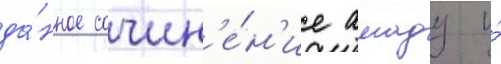
да́нное сочин'е́н'ие амаду и́